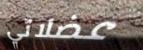
عضلاتي